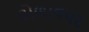
ઢોળાવપર